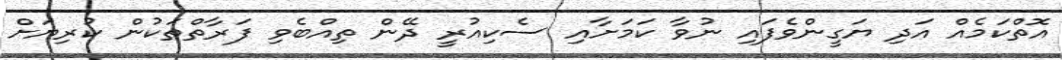
އޮތްކަމެއް އަދި ޔަގީންވެފައި ނުވާ ކަމަށާއި ސެކިއުރީ ދޭން ތިއްބެވި ފަރާތްތަކުން ކުރިޔަށް